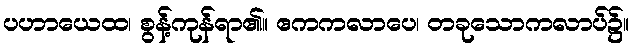
ပဟာယေထ၊ စွန့်ကုန်ရာ၏။ ဧကကလာပေ၊ တခုသောကလာပ်၌။